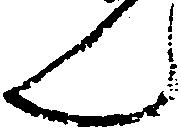
ん